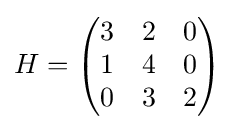
H={\begin{pmatrix}3&2&0\\1&4&0\\0&3&2\end{pmatrix}}